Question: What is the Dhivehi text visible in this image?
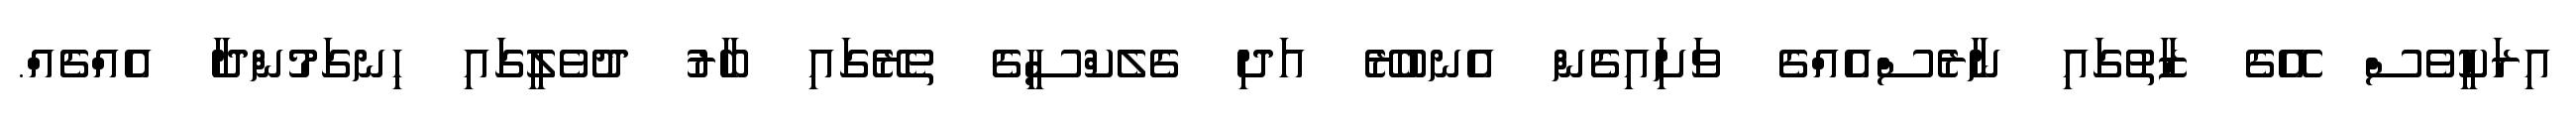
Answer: އިރަކީވެސް އޭގެ ޒާތުގައި ނާރެސްއެއްގެ ވަށިައިގެން އެނބުރޭ އަދި ގެލެކްސީގެ ތެރޭގައި ބާރު ދުވެލީގައި ހިނގަމުންދާ އެއްޗެއް.